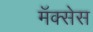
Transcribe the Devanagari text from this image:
मॅक्सेस